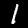
Label: 1